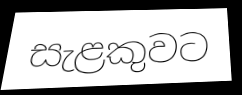
සැළකුවට